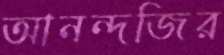
আনন্দজির